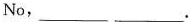
No,___ ___.